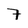
Character: 7